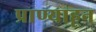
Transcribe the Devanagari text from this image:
प्राण्याहून